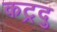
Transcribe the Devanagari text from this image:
कट्रदु